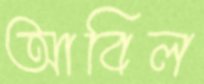
আবিল